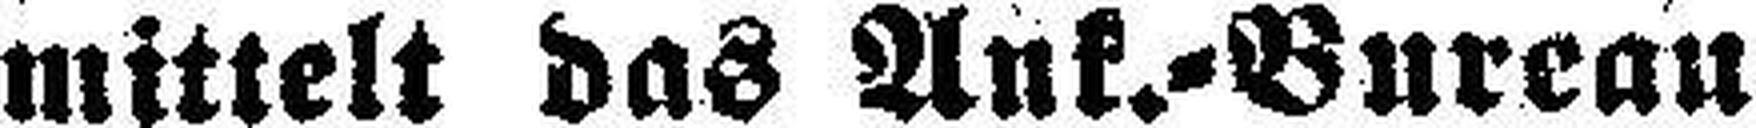
mittelt das Ank.=Bureau